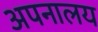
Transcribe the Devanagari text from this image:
अपनालय